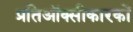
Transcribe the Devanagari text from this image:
प्रतिऑक्सीकारकों